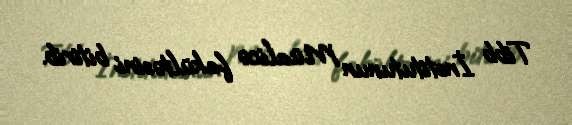
Tibb İnstitutunun Müalicə fakültəsini bitirib.